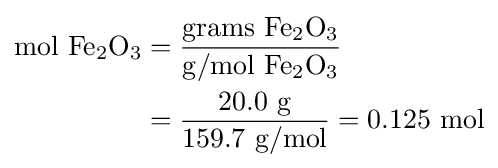
{\begin{aligned}{\mathrm {mol} ~\mathrm {Fe} {\vphantom {A}}_{\smash[{t}]{2}}\mathrm {O} {\vphantom {A}}_{\smash[{t}]{3}}}&={\frac {\mathrm {grams} ~\mathrm {Fe} {\vphantom {A}}_{\smash[{t}]{2}}\mathrm {O} {\vphantom {A}}_{\smash[{t}]{3}}}{\mathrm {g} /\mathrm {mol} ~\mathrm {Fe} {\vphantom {A}}_{\smash[{t}]{2}}\mathrm {O} {\vphantom {A}}_{\smash[{t}]{3}}}}\\&={\frac {20.0~{\ce {g}}}{159.7~{\mathrm {g} /\mathrm {mol} }}}=0.125~{\mathrm {mol} }\end{aligned}}